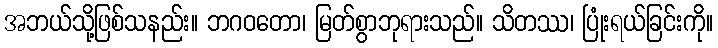
အဘယ်သို့ဖြစ်သနည်း။ ဘဂဝတော၊ မြတ်စွာဘုရားသည်။ သိတဿ၊ ပြုံးရယ်ခြင်းကို။